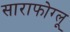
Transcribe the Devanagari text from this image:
साराफोग्लू